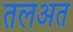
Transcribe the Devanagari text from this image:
तलअत